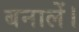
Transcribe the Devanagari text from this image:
बनालें।